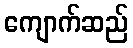
ကျောက်ဆည်